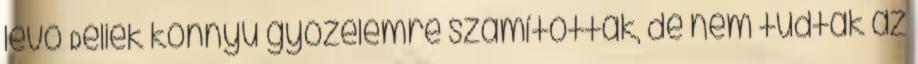
lévő Déliek könnyű győzelemre számítottak, de nem tudtak az